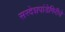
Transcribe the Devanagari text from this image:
सरदेशपांडेगिरीचे